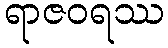
ရာဇဝရဿ